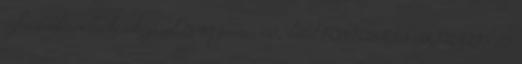
infrastrukturális beruházások 2010. június 08., kedd FONTOSABB AKTUÁLIS ÉS